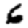
Digit: 6